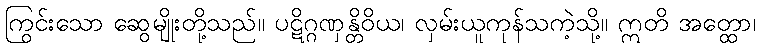
ကြွင်းသော ဆွေမျိုးတို့သည်။ ပဋိဂ္ဂဏှန္တိဝိယ၊ လှမ်းယူကုန်သကဲ့သို့။ ဣတိ အတ္ထော၊